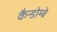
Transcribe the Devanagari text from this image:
कैन्डोम्बे